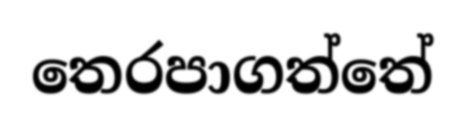
තෙරපාගත්තේ